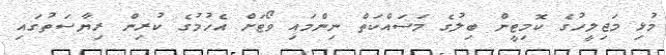
މުޅި މަޖިލީހުގެ ކޮމިޓީން ބިލުގެ މަސައްކަތް ނިންމައި ވޯޓަށް އެހުމުގެ ކުރިން ރިޔާސަތުގައި